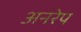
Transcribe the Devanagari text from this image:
अनरेप